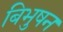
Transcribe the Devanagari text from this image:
बिभुषन